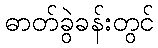
ဓာတ်ခွဲခန်းတွင်